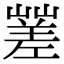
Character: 𡽓